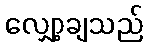
လျှော့ချသည်